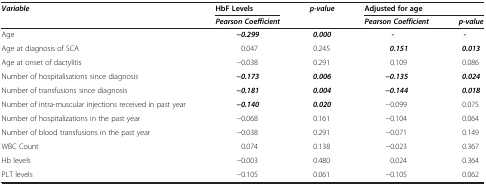
<table><thead><tr><td><b><i>Variable</i></b></td><td><b>HbF Levels</b></td><td><b><i>p-value</i></b></td><td colspan="2"><b>Adjusted for age</b></td></tr><tr><td><b> </b></td><td><b><i>Pearson Coefficient</i></b></td><td><b> </b></td><td><b><i>Pearson Coefficient</i></b></td><td><b><i>p-value</i></b></td></tr></thead><tbody><tr><td>Age</td><td><b><i>−0.299</i></b></td><td><b><i>0.000</i></b></td><td><b><i>-</i></b></td><td><b><i>-</i></b></td></tr><tr><td>Age at diagnosis of SCA</td><td>0.047</td><td>0.245</td><td><b><i>0.151</i></b></td><td><b><i>0.013</i></b></td></tr><tr><td>Age at onset of dactylitis</td><td>−0.038</td><td>0.291</td><td>0.109</td><td>0.086</td></tr><tr><td>Number of hospitalisations since diagnosis</td><td><b><i>−0.173</i></b></td><td><b><i>0.006</i></b></td><td><b><i>−0.135</i></b></td><td><b><i>0.024</i></b></td></tr><tr><td>Number of transfusions since diagnosis</td><td><b><i>−0.181</i></b></td><td><b><i>0.004</i></b></td><td><b><i>−0.144</i></b></td><td><b><i>0.018</i></b></td></tr><tr><td>Number of intra-muscular injections received in past year</td><td><b><i>−0.140</i></b></td><td><b><i>0.020</i></b></td><td>−0.099</td><td>0.075</td></tr><tr><td>Number of hospitalizations in the past year</td><td>−0.068</td><td>0.161</td><td>−0.104</td><td>0.064</td></tr><tr><td>Number of blood transfusions in the past year</td><td>−0.038</td><td>0.291</td><td>−0.071</td><td>0.149</td></tr><tr><td>WBC Count</td><td>0.074</td><td>0.138</td><td>−0.023</td><td>0.367</td></tr><tr><td>Hb levels</td><td>−0.003</td><td>0.480</td><td>0.024</td><td>0.364</td></tr><tr><td>PLT levels</td><td>−0.105</td><td>0.061</td><td>−0.105</td><td>0.062</td></tr></tbody></table>